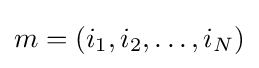
m=(i_{1},i_{2},\ldots ,i_{N})